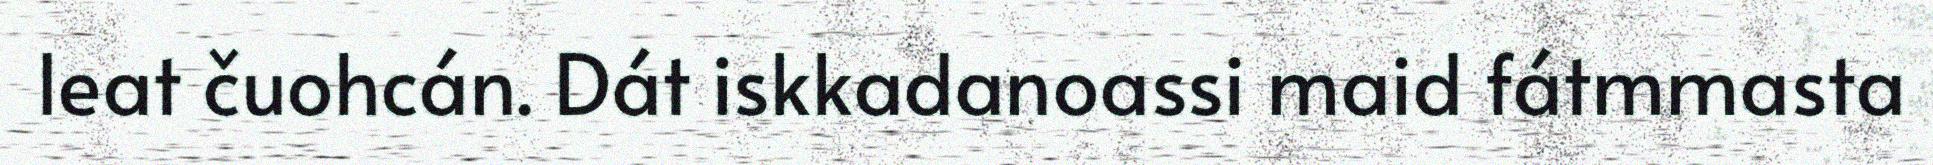
leat čuohcán. Dát iskkadanoassi maid fátmmasta